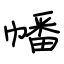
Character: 幡